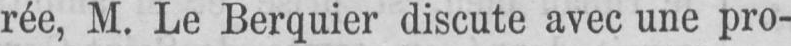
rée, M. Le Berquier discute avec une pro-